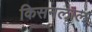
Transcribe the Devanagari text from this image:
किसनलाल